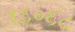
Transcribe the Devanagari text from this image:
१६०६८